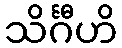
သိင်္ဂီဟိ